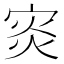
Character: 𡨼